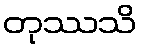
တုဿသိ